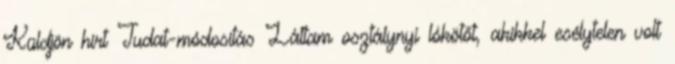
Küldjön hírt Tudat-módosítás Láttam osztálynyi lókötőt, akikkel esélytelen volt